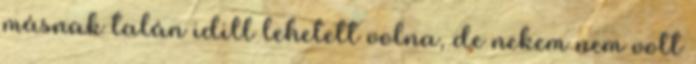
másnak talán idill lehetett volna, de nekem nem volt